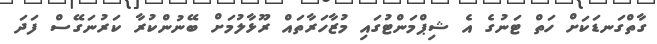
ގާތްގަނޑަކަށް ހަތް ޓަނުގެ އެ ޝިޕްމަންޓުގައި މުޒާހަރާތައް ރޫޅާލުމަށް ބޭނުންކުރާ ކަރުނަގޭސް ފަދަ